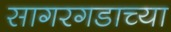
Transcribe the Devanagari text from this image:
सागरगडाच्या